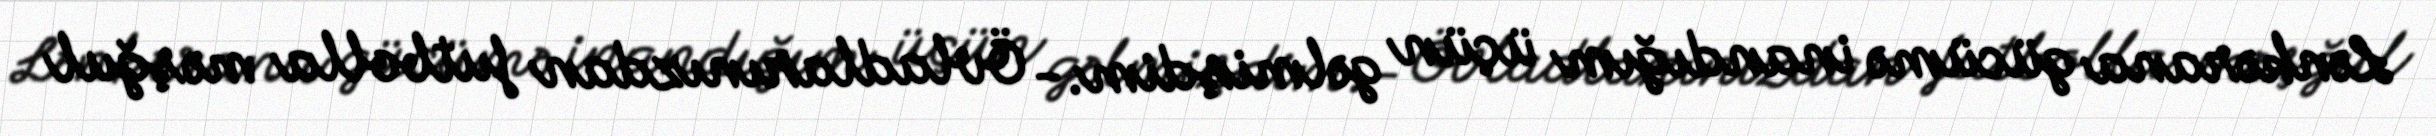
Lənkərana gücümə inandığım üçün gəlmişdim.- Övladlarınızdan futbolla məşğul